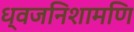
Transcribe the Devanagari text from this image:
ध्वजनिशामणि